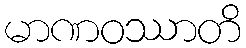
မာဏဝဿာတိ